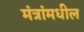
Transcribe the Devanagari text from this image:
मंत्रांमधील